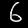
Digit: 6